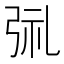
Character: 𫸱